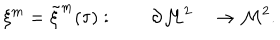
\xi ^ { m } = { \tilde { \xi } } ^ { m } ( \tau ) : \qquad \partial { \cal M } ^ { 2 } \quad \rightarrow { { \cal M } } ^ { 2 } .